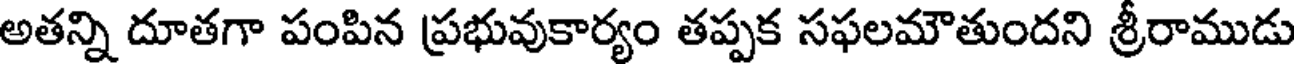
అతన్ని దూతగా పంపిన ప్రభువుకార్యం తప్పక సఫలమౌతుందని శ్రీరాముడు